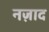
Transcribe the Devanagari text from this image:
नज़ाद